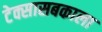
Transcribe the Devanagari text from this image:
टेक्सासबकाला